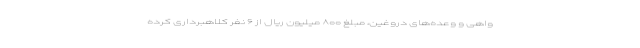
واهی و وعده‌های دروغین، مبلغ ۸۰۰ میلیون ریال از ۶ نفر کلاهبرداری کرده